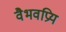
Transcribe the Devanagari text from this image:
वैभवप्रिय